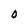
Character: O